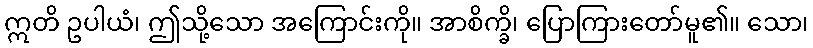
ဣတိ ဥပါယံ၊ ဤသို့သော အကြောင်းကို။ အာစိက္ခိ၊ ပြောကြားတော်မူ၏။ သော၊